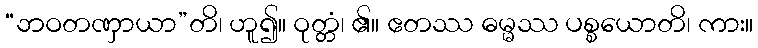
“ဘဝတဏှာယာ”တိ၊ ဟူ၍။ ဝုတ္တံ၊ ၏။ ဧတဿ ဓမ္မဿ ပစ္စယောတိ၊ ကား။